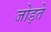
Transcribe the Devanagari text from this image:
जोड्ते